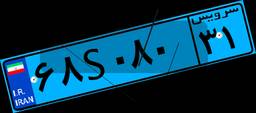
۷۷S۱۹۲۹۳